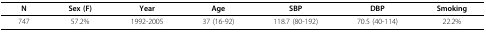
| N | Sex (F) | Year | Age | SBP | DBP | Smoking |
 | --- | --- | --- | --- | --- | --- | --- |
 | 747 | 57.2% | 1992-2005 | 37 (16-92) | 118.7 (80-192) | 70.5 (40-114) | 22.2% |